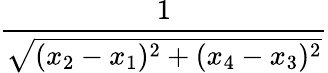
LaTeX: \frac{1}{\sqrt{(x_{2}-x_{1})^{2}+(x_{4}-x_{3})^{2}}}